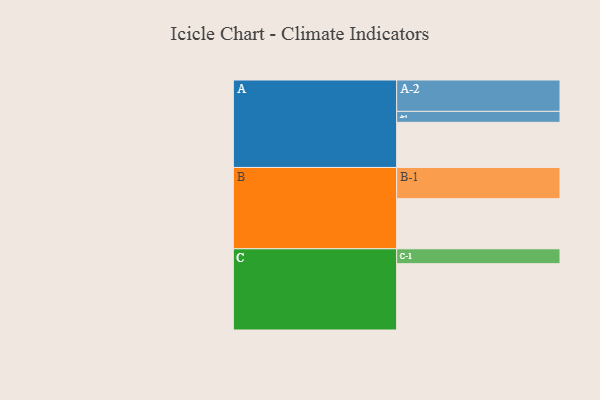
{"axis": {"x": "Segment", "y": "Value"}, "legend": ["", "A", "B", "C"], "data": [{"x": "A", "y": 354, "type": ""}, {"x": "B", "y": 393, "type": ""}, {"x": "C", "y": 520, "type": ""}, {"x": "A-1", "y": 86, "type": "A"}, {"x": "A-2", "y": 246, "type": "A"}, {"x": "B-1", "y": 245, "type": "B"}, {"x": "C-1", "y": 117, "type": "C"}]}